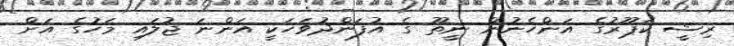
ރިޝީ ކަޕޫރުގެ އަންހެނުން ނީތޫ ގެ އުފަންދުވަހަކީ އަންނަ ޖުލައި މަހުގެ އަށް